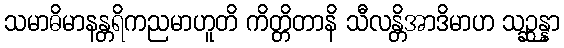
သမာဓိမာနန္တရိကညမာဟူတိ ကိတ္တိတာနိ သီလန္တိအာဒိမာဟ သဉ္ဆန္နာ